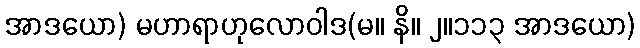
အာဒယော) မဟာရာဟုလောဝါဒ(မ။ နိ။ ၂။၁၁၃ အာဒယော)